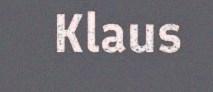
Klaus